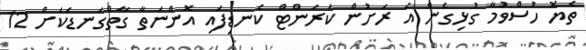
ތެޔޮ ހުސްވުމާ ގުޅިގެން އެ ރަށުން ކަރަންޓް ކެނޑިފައި އޮންނަތާ ގާތްގަނޑަކަށް 12